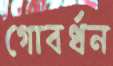
গোবর্ধন